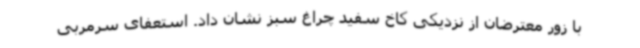
با زور معترضان از نزدیکی کاخ سفید چراغ سبز نشان داد. استعفای سرمربی